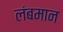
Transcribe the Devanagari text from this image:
लंबमान